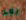
بعد